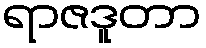
ရာဇဒူတာ